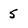
Character: 5